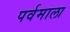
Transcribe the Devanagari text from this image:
पर्वमाला